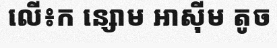
លើ៖ក ន្សោម អាស៊ីម តូច